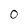
Character: 0